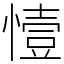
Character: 㦉